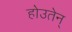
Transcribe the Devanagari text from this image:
होउतेन्